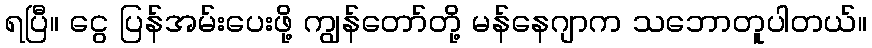
ရပြီ။ ငွေ ပြန်အမ်းပေးဖို့ ကျွန်တော်တို့ မန်နေဂျာက သဘောတူပါတယ်။